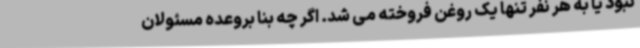
نبود یا به هر نفر تنها یک روغن فروخته می شد. اگر چه بنا بروعده مسئولان